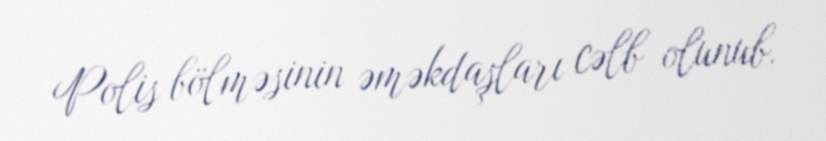
Polis bölməsinin əməkdaşları cəlb olunub.